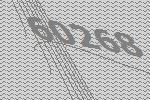
60268